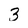
Character: 3